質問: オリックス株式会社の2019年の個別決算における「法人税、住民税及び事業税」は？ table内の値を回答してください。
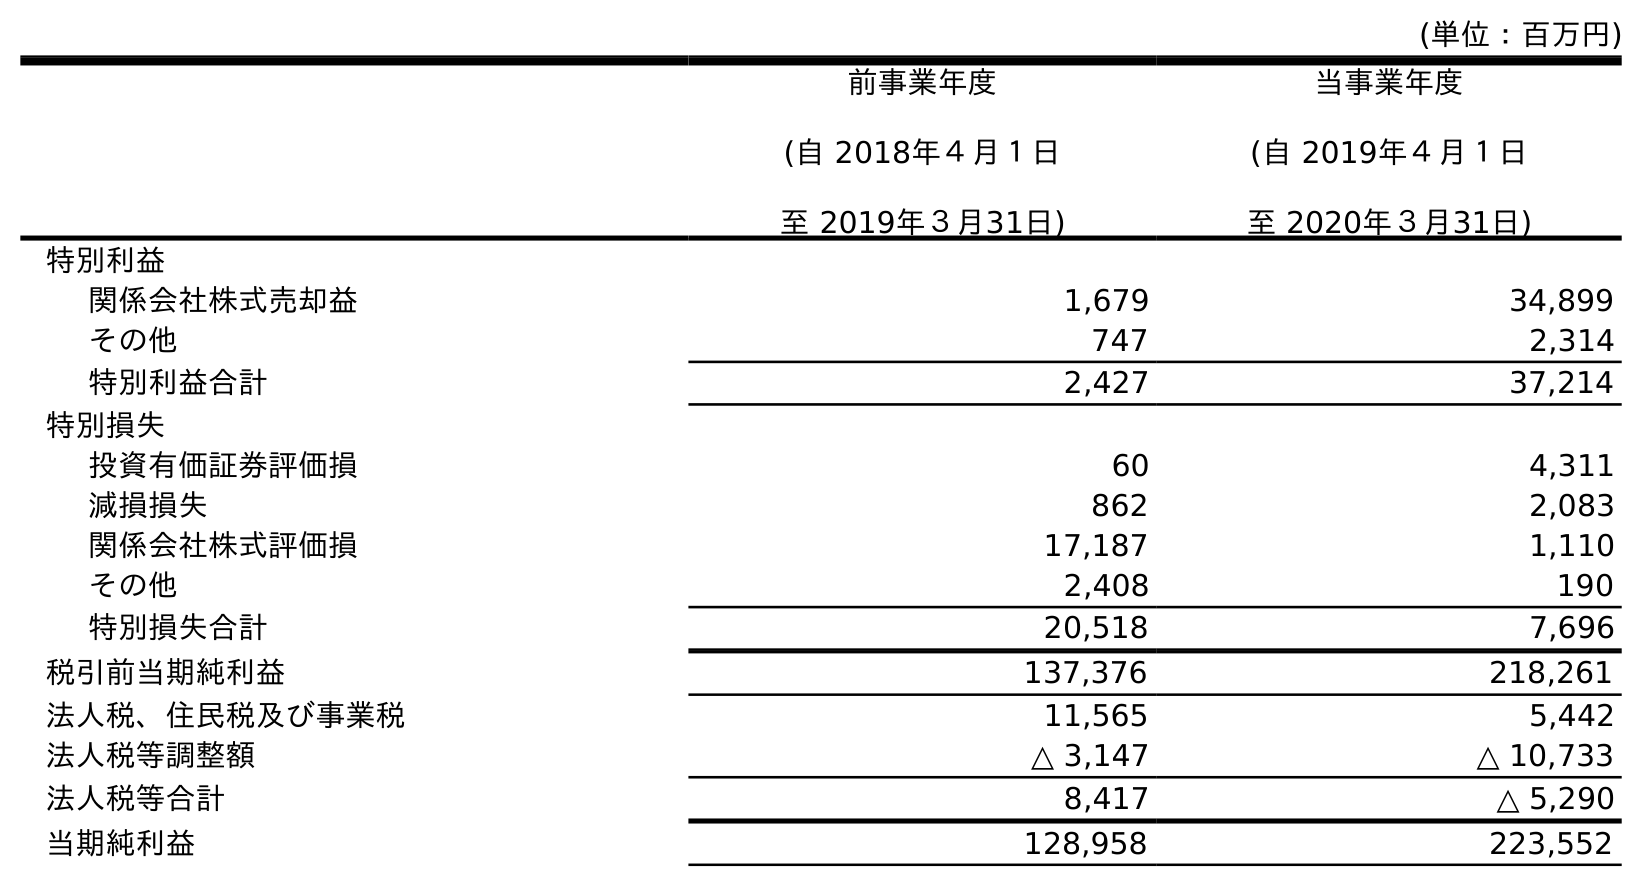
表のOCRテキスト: (単位：百万円) 前事業年度 (自 2018年４月１日 至 2019年３月31日) 当事業年度 (自 2019年４月１日 至 2020年３月31日) 特別利益 関係会社株式売却益 1,679 34,899 その他 747 2,314 特別利益合計 2,427 37,214 特別損失 投資有価証券評価損 60 4,311 減損損失 862 2,083 関係会社株式評価損 17,187 1,110 その他 2,408 190 特別損失合計 20,518 7,696 税引前当期純利益 137,376 218,261 法人税、住民税及び事業税 11,565 5,442 法人税等調整額 △ 3,147 △ 10,733 法人税等合計 8,417 △ 5,290 当期純利益 128,958 223,552
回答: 11,565